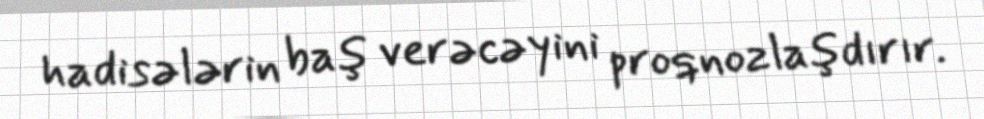
hadisələrin baş verəcəyini proqnozlaşdırır.